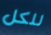
للكل